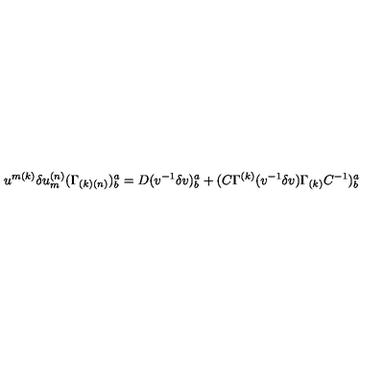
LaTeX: u ^ { { m ( k ) } } \delta u _ { { m } } ^ { { ( n ) } } ( \Gamma _ { { ( k ) ( n ) } } ) _ { { b } } ^ { { a } } = D ( v ^ { - { 1 } } \delta v ) _ { { b } } ^ { { a } } + ( C \Gamma ^ { { ( k ) } } ( v ^ { - { 1 } } \delta v ) \Gamma _ { { ( k ) } } C ^ { - { 1 } } ) _ { { b } } ^ { { a } } \qquad